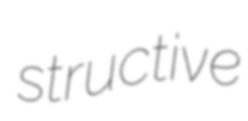
structive